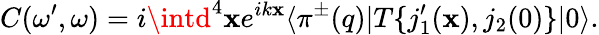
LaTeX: C(\omega^{\prime},\omega)=i\intd^{4}\mathbf{x}e^{ik\mathbf{x}}\langle\pi^{\pm}(q)|T\{ j_{1}^{\prime}(\mathbf{x}),j_{2}(0)\} |0\rangle.